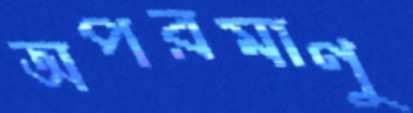
অপরমাণু